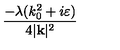
\frac { - \lambda ( k _ { 0 } ^ { 2 } + i \varepsilon ) } { 4 | \mathbf { k } | ^ { 2 } }